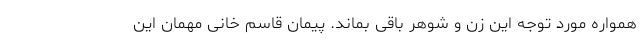
همواره مورد توجه این زن و شوهر باقی بماند. پیمان قاسم خانی مهمان این